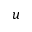
u